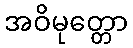
အဝိမုတ္တော